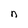
Character: n